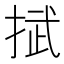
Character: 𢯞